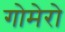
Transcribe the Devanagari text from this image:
गोमेरो